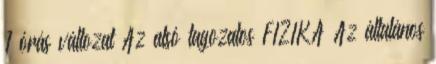
1 órás változat Az alsó tagozatos FIZIKA Az általános